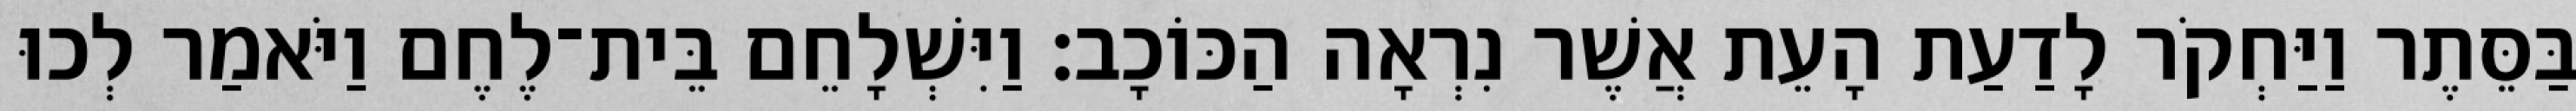
בַּסֵּתֶר וַיַּחְקֹר לָדַעַת הָעֵת אֲשֶׁר נִרְאָה הַכּוֹכָב׃ וַיִּשְׁלָחֵם בֵּית־לֶחֶם וַיֹּאמַר לְכוּ